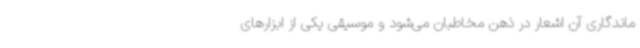
ماندگاری آن اشعار در ذهن مخاطبان می‌شود و موسیقی یکی از ابزارهای